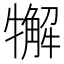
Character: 𤛳